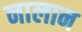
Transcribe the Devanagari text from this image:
नालान